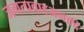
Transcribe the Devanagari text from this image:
जगत्प्रवाहअनादि